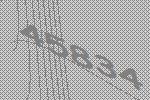
45834